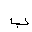
Letter: _ba